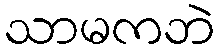
သာမကဘဲ